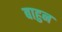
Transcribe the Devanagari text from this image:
बाहुन